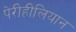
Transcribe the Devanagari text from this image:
पेरीहीलियान